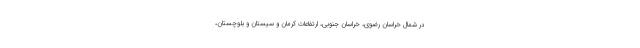
در شمال خراسان رضوی، خراسان جنوبی، ارتفاعات کرمان و سیستان و بلوچستان،